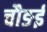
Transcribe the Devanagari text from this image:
चौङई